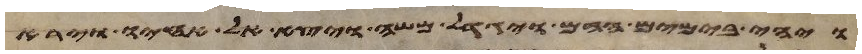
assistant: ויהי בימים ההם ויגדל משה ויצא אל אחיו וירא